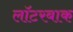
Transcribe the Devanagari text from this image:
लॉटरबाक